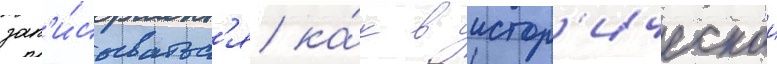
зап'и́сыватьс'я ка́к в истор'ическои